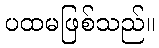
ပထမဖြစ်သည်။